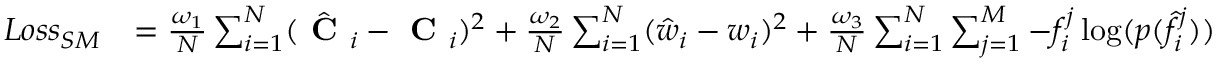
\begin{array} { r l } { L o s s _ { S M } } & { = \frac { \omega _ { 1 } } { N } \sum _ { i = 1 } ^ { N } ( \hat { \textbf { C } } _ { i } - \textbf { C } _ { i } ) ^ { 2 } + \frac { \omega _ { 2 } } { N } \sum _ { i = 1 } ^ { N } ( \hat { w } _ { i } - w _ { i } ) ^ { 2 } + \frac { \omega _ { 3 } } { N } \sum _ { i = 1 } ^ { N } \sum _ { j = 1 } ^ { M } - f _ { i } ^ { j } \log ( p ( \hat { f } _ { i } ^ { j } ) ) } \end{array}